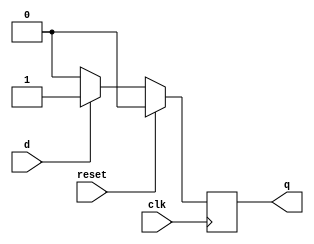
module dff(clk,reset,d,q);
input d,clk,reset;
output reg q=0;

always@(posedge clk)
	begin
		if(reset)
			q=0;
		else
			if(d)
				q=1;
			else
				q=0;
	end
endmodule

//////Test Bench///////
module dff_tb();
reg d,clk,reset;
wire q;
dff df(clk,reset,d,q);
initial
	begin
		clk =0;
#50 $stop;
	end
always
	begin
	#5 clk = ~clk;
	end
initial
	begin
		reset=1; d=0;
#10	reset=0; d=1;
#10	reset=0; d=0;
	end
endmodule